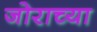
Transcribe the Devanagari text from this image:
जोराच्या